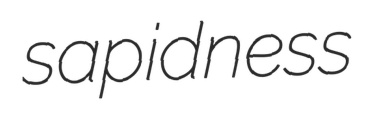
sapidness